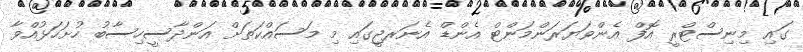
ގައި މިނިސްޓްރީ އޮފް އެންވަޔަރަންމަންޓް އެންޑް އެނަރޖީގައި މި މަސައްކަތަށް އަންދާސީހިސާބު ހުށަހަޅުއްވާ